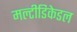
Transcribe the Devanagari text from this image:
मल्टीडिकेडल